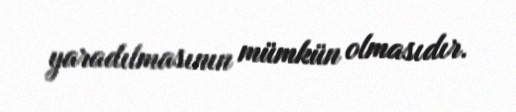
yaradılmasının mümkün olmasıdır.